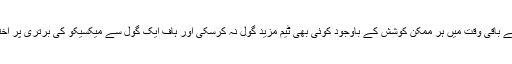
پہلے ہاف کے باقی وقت میں ہر ممکن کوشش کے باوجود کوئی بھی ٹیم مزید گول نہ کرسکی اور ہاف ایک گول سے میکسیکو کی برتری پر اختتام پذیر ہوا۔